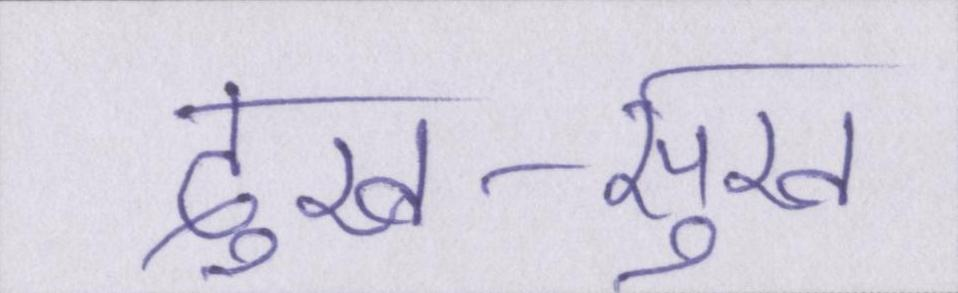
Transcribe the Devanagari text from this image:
दुख-सुख